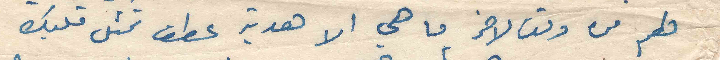
هم من وقت لاخر ما هي الا هدية عطف تمثل قلبك